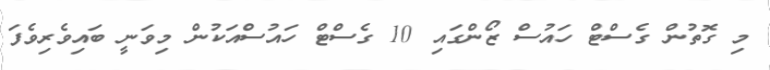
މި ގޮތުން ގެސްޓް ހައުސް ޒޯންގައި 10 ގެސްޓް ހައުސްއަކުން މިވަނީ ބައިވެރިވެފަ